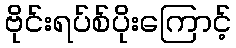
ဗိုင်းရပ်စ်ပိုးကြောင့်